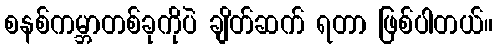
စနစ်ကမ္ဘာတစ်ခုကိုပဲ ချိတ်ဆက် ရတာ ဖြစ်ပါတယ်။